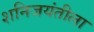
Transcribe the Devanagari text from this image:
शनिजयंतीला